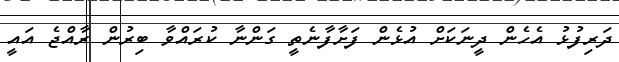
ދަރިފުޅު އެހެން ދީނަކަށް އުޅެން ފަށާފާނެތީ ގަންނާ ކުރައްވާ ބިރުން ރާއްޖެ އައީ